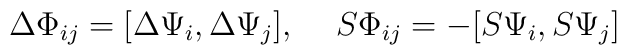
\Delta \Phi_{ij} = [\Delta \Psi_i ,\Delta \Psi_j ], \rule{0.5cm}{0cm} S \Phi_{ij} = -[S \Psi_i ,S \Psi_j ]